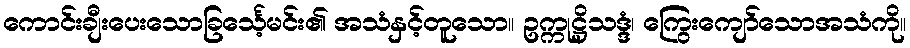
ကောင်းချီးပေးသောခြင်္သေ့မင်း၏ အသံနှင့်တူသော။ ဥက္ကုဋ္ဌိသဒ္ဒံ၊ ကြွေးကျော်သောအသံကို။